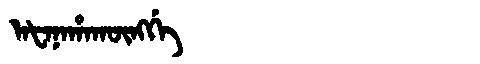
Manchu: ᠠᡶᠠᠨᠠᡥᠠᡴᡡᠩᡤᡝ
Romanization: AFANAHAKŪNGGE